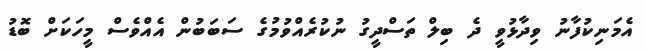
އެމަނިކުފާނު ވިދާޅުވީ ދެ ބިލް ތަސްދީގު ނުކުރެއްވުމުގެ ސަބަބުން އެއްވެސް މީހަކަށް ބޮޑު